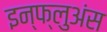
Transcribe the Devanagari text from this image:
इन्फ्लुअंस